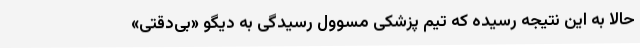
حالا به این نتیجه رسیده که تیم پزشکی مسوول رسیدگی به دیگو «بی‌دقتی»